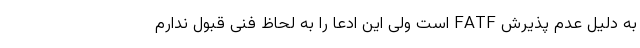
به دلیل عدم پذیرش FATF است ولی این ادعا را به لحاظ فنی قبول ندارم